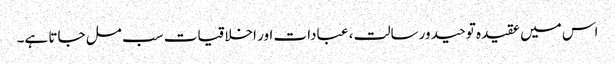
اس میں عقیدہ توحید ورسالت ، عبادات اور اخلاقیات سب مل جاتا ہے۔